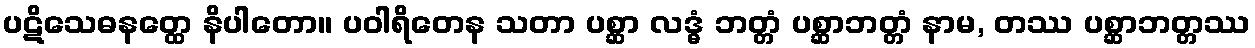
ပဋိသေဓနတ္ထေ နိပါတော။ ပဝါရိတေန သတာ ပစ္ဆာ လဒ္ဓံ ဘတ္တံ ပစ္ဆာဘတ္တံ နာမ, တဿ ပစ္ဆာဘတ္တဿ